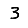
Digit: 3